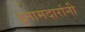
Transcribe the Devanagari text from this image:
इनामदारांनी